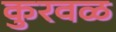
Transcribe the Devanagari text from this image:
कुरवळ